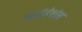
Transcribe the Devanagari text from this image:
फाउंडेशंस